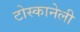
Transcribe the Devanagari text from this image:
टोस्कानेली